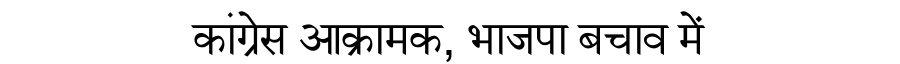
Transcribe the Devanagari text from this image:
कांग्रेस आक्रामक, भाजपा बचाव में